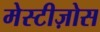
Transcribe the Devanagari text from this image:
मेस्टीज़ोस